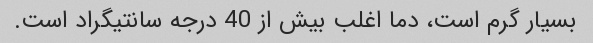
بسیار گرم است، دما اغلب بیش از 40 درجه سانتیگراد است.